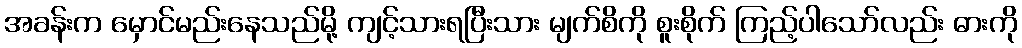
အခန်းက မှောင်မည်းနေသည်မို့ ကျင့်သားရပြီးသား မျက်စိကို စူးစိုက် ကြည့်ပါသော်လည်း ဓားကို